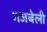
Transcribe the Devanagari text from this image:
गजबेली